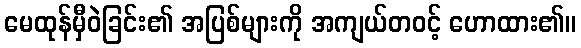
မေထုန်မှီဝဲခြင်း၏ အပြစ်များကို အကျယ်တဝင့် ဟောထား၏။